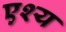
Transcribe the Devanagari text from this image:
एश्य